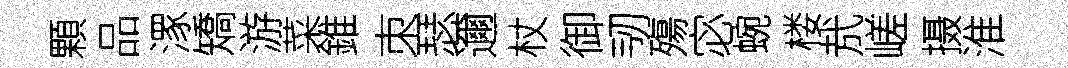
顆品潈矯游菜錐朿瑟邇杖御韧殤宓蜿楼㢤嵯摄淮